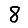
Digit: 8